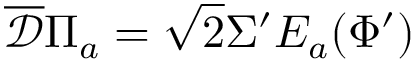
\overline { { { \mathcal D } } } \Pi _ { a } = \sqrt 2 \Sigma ^ { \prime } E _ { a } ( \Phi ^ { \prime } )